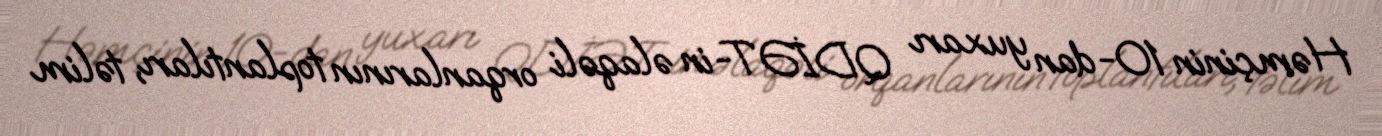
Həmçinin 10-dan yuxarı QDİƏT-in əlaqəli orqanlarının toplantıları, təlim